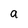
Character: a